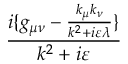
\frac { i \{ g _ { \mu \nu } - \frac { k _ { \mu } k _ { \nu } } { k ^ { 2 } + i \varepsilon \lambda } \} } { k ^ { 2 } + i \varepsilon }